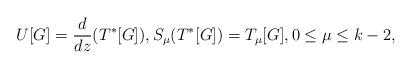
LaTeX: \begin{align*}U[G] = \frac{d}{dz}(T^*[G]), S_\mu ( T^*[G] ) = T_\mu [G] , 0 \leq \mu \leq k-2 ,\end{align*}